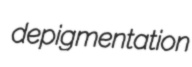
depigmentation